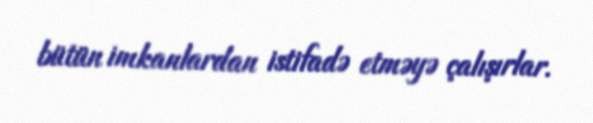
bütün imkanlardan istifadə etməyə çalışırlar.